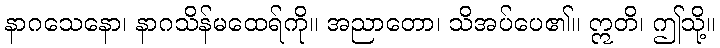
နာဂသေနော၊ နာဂသိန်မထေရ်ကို။ အညာတော၊ သိအပ်ပေ၏။ ဣတိ၊ ဤသို့။